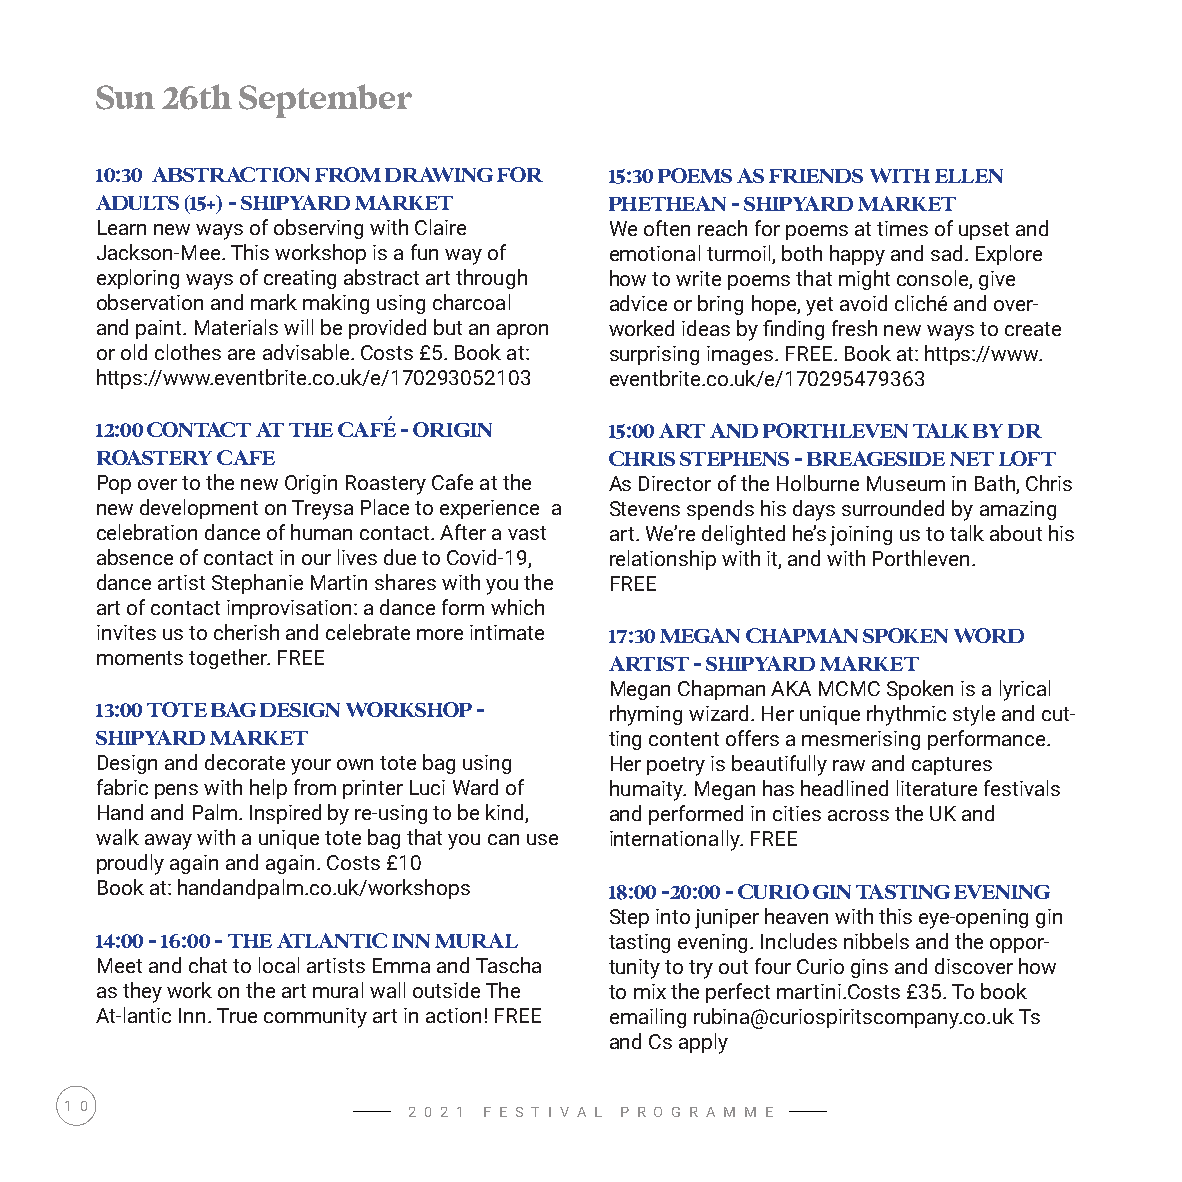
Sun  26th September
 10:30 ABSTRACTION FROM DRAWING FOR 15:30 POEMS AS FRIENDS WITH ELLEN
 ADULTS (15+) - SHIPYARD MARKET    PHETHEAN - SHIPYARD MARKET
 Learn new ways of observing with Claire We often reach for poems at times of upset and
 Jackson-Mee. This workshop is a fun way of emotional turmoil, both happy and sad. Explore
 exploring ways of creating abstract art through how to write poems that might console, give
 observation and mark making using charcoal advice or bring hope, yet avoid cliché and over-
 and paint. Materials will be provided but an apron worked ideas by finding fresh new ways to create
 or old clothes are advisable. Costs £5. Book at: surprising images. FREE. Book at: https://www.
 https://www.eventbrite.co.uk/e/170293052103 eventbrite.co.uk/e/170295479363
 12:00 CONTACT AT THE CAFÉ - ORIGIN 15:00 ART AND PORTHLEVEN TALK BY DR
 ROASTERY CAFE                     CHRIS STEPHENS - BREAGESIDE NET LOFT
 Pop over to the new Origin Roastery Cafe at the As Director of the Holburne Museum in Bath, Chris
 new development on Treysa Place to experience a Stevens spends his days surrounded by amazing
 celebration dance of human contact. After a vast art. We’re delighted he’s joining us to talk about his
 absence of contact in our lives due to Covid-19, relationship with it, and with Porthleven.
 dance artist Stephanie Martin shares with you the FREE
 art of contact improvisation: a dance form which
 invites us to cherish and celebrate more intimate 17:30 MEGAN CHAPMAN SPOKEN WORD
 moments together. FREE            ARTIST - SHIPYARD MARKET
 Megan Chapman AKA MCMC Spoken is a lyrical
 13:00 TOTE BAG DESIGN WORKSHOP -  rhyming wizard. Her unique rhythmic style and cut-
 SHIPYARD MARKET                   ting content offers a mesmerising performance.
 Design and decorate your own tote bag using Her poetry is beautifully raw and captures
 fabric pens with help from printer Luci Ward of humaity. Megan has headlined literature festivals
 Hand and Palm. Inspired by re-using to be kind, and performed in cities across the UK and
 walk away with a unique tote bag that you can use internationally. FREE
 proudly again and again. Costs £10
 Book at: handandpalm.co.uk/workshops 18:00 -20:00 - CURIO GIN TASTING EVENING
 Step into juniper heaven with this eye-opening gin
 14:00 - 16:00 - THE ATLANTIC INN MURAL tasting evening. Includes nibbels and the oppor-
 Meet and chat to local artists Emma and Tascha tunity to try out four Curio gins and discover how
 as they work on the art mural wall outside The to mix the perfect martini.Costs £35. To book
 At-lantic Inn. True community art in action! FREE emailing rubina@curiospiritscompany.co.uk Ts
 and Cs apply
 1 0                    2 0 2 1 F E S T I V A L P R O G R A M M E